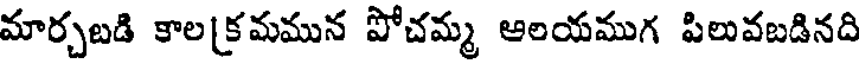
మార్చబడి కాలక్రమమున పోచమ్మ ఆలయముగ పిలువబడినది